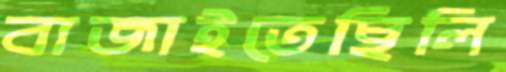
বাজাইতেছিলি